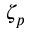
\zeta _ { p }